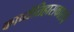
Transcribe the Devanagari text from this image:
काव्येतिहासकाराचे